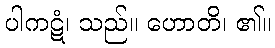
ပါကဋံ၊ သည်။ ဟောတိ၊ ၏။